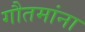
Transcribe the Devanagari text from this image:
गौतमांना